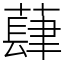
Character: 蕼